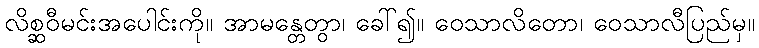
လိစ္ဆဝီမင်းအပေါင်းကို။ အာမန္တေတွာ၊ ခေါ်၍။ ဝေသာလိတော၊ ဝေသာလီပြည်မှ။